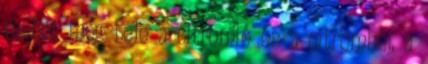
mehet még bele a citromlé és a citromhéj, a